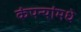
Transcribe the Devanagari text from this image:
कंपन्यांमधे